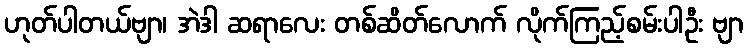
ဟုတ်ပါတယ်ဗျာ၊ အဲဒါ ဆရာလေး တစ်ဆိတ်လောက် လိုက်ကြည့်စမ်းပါဦး ဗျာ